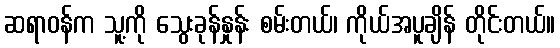
ဆရာဝန်က သူ့ကို သွေးခုန်နှုန်း စမ်းတယ်၊ ကိုယ်အပူချိန် တိုင်းတယ်။